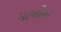
માખીમા